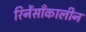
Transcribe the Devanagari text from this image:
रिनेंसाँकालीन